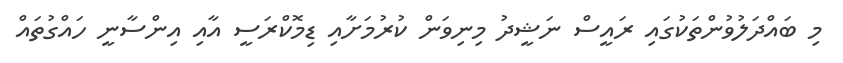
މި ބައްދަލުވުންތަކުގައި ރައީސް ނަޝީދު މިނިވަން ކުރުމަށާއި ޑިމޮކްރަސީ އާއި އިންސާނީ ހައްގުތައް